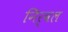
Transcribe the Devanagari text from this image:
निर्वल